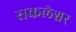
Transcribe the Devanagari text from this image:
सकलेश्वर